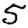
Digit: 5